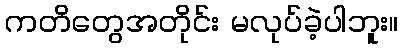
ကတိတွေအတိုင်း မလုပ်ခဲ့ပါဘူး။